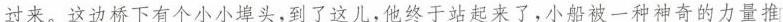
过来。这边桥下有个小小埠头，到了这儿，他终于站起来了，小船被一种神奇的力量推